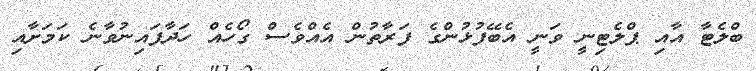
ބްލެޓާ އާއި ޕްލެޓިނީ ވަނީ އެބޭފުޅުންގެ ފަރާތުން އެއްވެސް ގޯހެއް ހަދާފައިނުވާނެ ކަމަށާއި